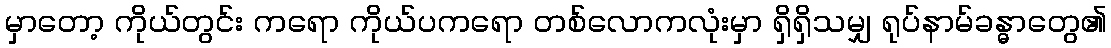
မှာတော့ ကိုယ်တွင်း ကရော ကိုယ်ပကရော တစ်လောကလုံးမှာ ရှိရှိသမျှ ရုပ်နာမ်ခန္ဓာတွေ၏